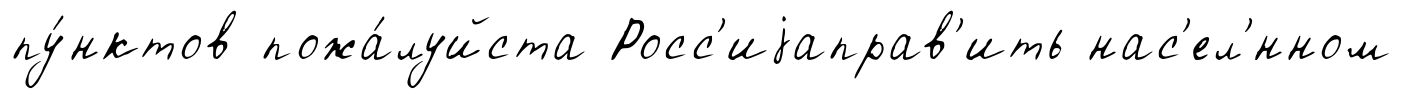
пу́нктов пожа́луйста Росс'иjаправ'ить нас'ел'́нном